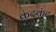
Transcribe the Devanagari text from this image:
कुंदकुंद